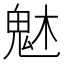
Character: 𩲙